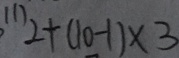
( 1 ) 2 + ( 1 0 - 1 ) \times 3